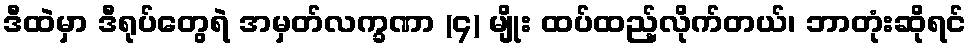
ဒီထဲမှာ ဒီရုပ်တွေရဲ အမှတ်လက္ခဏာ (၄) မျိုး ထပ်ထည့်လိုက်တယ်၊ ဘာတုံးဆိုရင်